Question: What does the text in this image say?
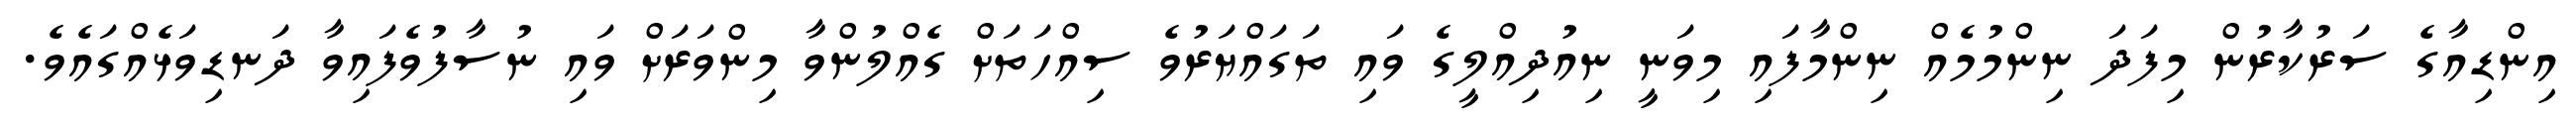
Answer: އިންޑިއާގެ ސަރުކާރުން މިފަދަ ނިންމުމެއް ނިންމާފައި މިވަނީ ނިއުދިއްލީގެ ވައި ތަގައްޔަރުވެ ސިއްހަތަށް ގެއްލުންވާ މިންވަރަށް ވައި ނުސާފުވެފައިވާ ދަނޑިވަޅެއްގައެވެ.